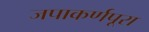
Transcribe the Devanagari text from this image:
जपाकर्णपूरा